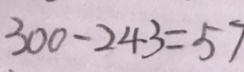
3 0 0 - 2 4 3 = 5 7